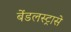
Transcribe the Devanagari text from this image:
बेंडलस्ट्रासे